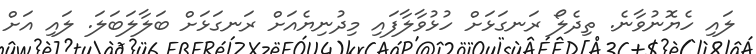
ލައި ހެޔޮނުވާނެ. ތިދެލޯ ރަނގަޅަށް ހުޅުވާލާފައި މިދުނިޔެއަށް ރަނގަޅަށް ބަލާލަބަލަ. ލައި އަށް